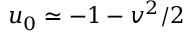
u _ { 0 } \simeq - 1 - v ^ { 2 } / 2